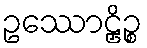
ဥဿောဠှိဉ္စ